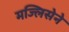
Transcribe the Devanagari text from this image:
मज्लिसेने